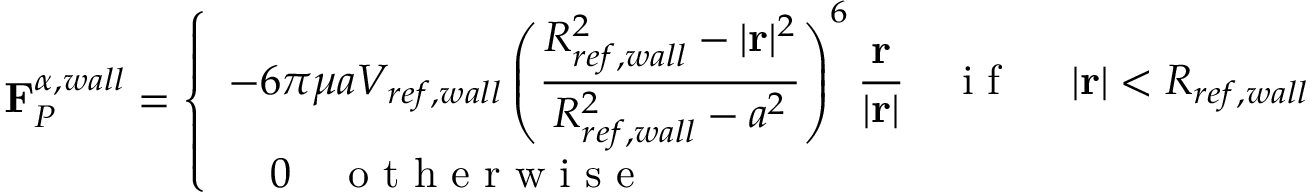
\mathbf { F } _ { P } ^ { \alpha , w a l l } = \left\{ \begin{array} { l l } { \displaystyle - 6 \pi \mu a V _ { r e f , w a l l } \left( \frac { R _ { r e f , w a l l } ^ { 2 } - | \mathbf { r } | ^ { 2 } } { R _ { r e f , w a l l } ^ { 2 } - a ^ { 2 } } \right) ^ { 6 } \frac { \mathbf { r } } { | \mathbf { r } | } \quad \mathrm { ~ i ~ f ~ \ } \quad | \mathbf { r } | < R _ { r e f , w a l l } } \\ { \displaystyle \quad 0 \quad \mathrm { ~ o ~ t ~ h ~ e ~ r ~ w ~ i ~ s ~ e ~ \ } } \end{array} \right.